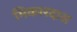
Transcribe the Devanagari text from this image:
भिकारदास